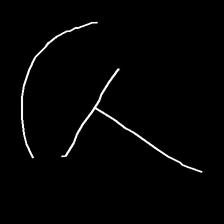
Glyph: dispersion